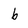
Character: b